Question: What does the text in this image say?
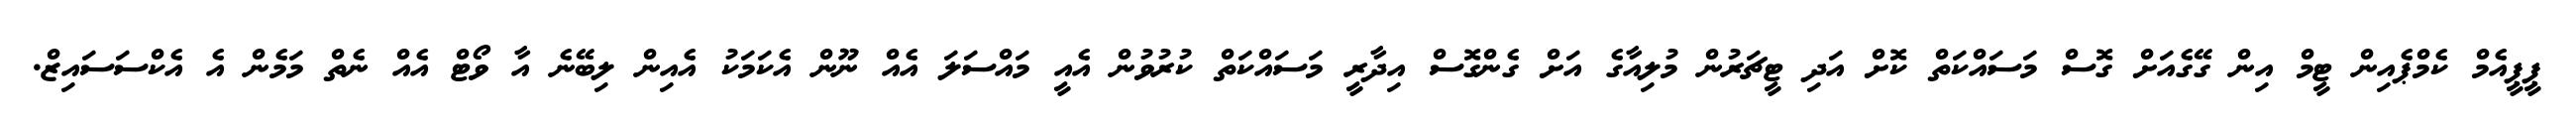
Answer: ޕީޕީއެމް ކެމްޕެއިން ޓީމް އިން ގޭގެއަށް ގޮސް މަސައްކަތް ކޮށް އަދި ޓީޗަރުން މުލިއާގެ އަށް ގެންގޮސް އިދާރީ މަސައްކަތް ކުރުވުން އެއީ މައްސަލަ އެއް ނޫން އެކަމަކު އެއިން ލިބޭނެ އާ ވޯޓް އެއް ނެތް މަމެން އެ އެކްސަސައިޒް.